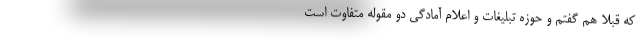
که قبلاً هم گفتم و حوزه تبلیغات و اعلام آمادگی دو مقوله متفاوت است